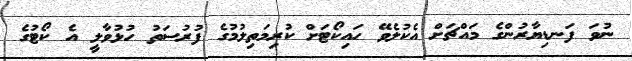
ނުވަ ފަނޑިޔާރުންގެ މައްޗަށް އެކުލެވޭ ހައިކޯޓަށް ކުރިމަތިލުމުގެ ފުރުސަތު ހުޅުވާލީ އެ ކޯޓުގެ